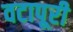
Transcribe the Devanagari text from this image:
वटापूरी